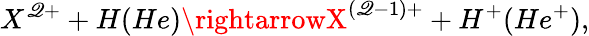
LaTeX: X^{\mathscr{Q}+}+H(He)\rightarrowX^{(\mathscr{Q}-1)+}+H^{+}(He^{+}),